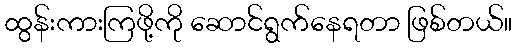
ထွန်းကားကြဖို့ကို ဆောင်ရွက်နေရတာ ဖြစ်တယ်။